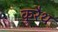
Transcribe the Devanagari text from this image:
कुरैथ